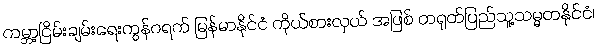
ကမ္ဘာ့ငြိမ်းချမ်းရေးကွန်ဂရက် မြန်မာနိုင်ငံ ကိုယ်စားလှယ် အဖြစ် တရုတ်ပြည်သူ့သမ္မတနိုင်ငံ၊